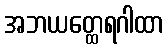
အဘယတ္ထေရဂါထာ